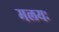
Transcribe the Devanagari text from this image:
मलयः